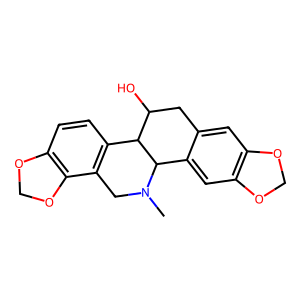
SMILES: CN1Cc2c(ccc3c2OCO3)C2C(O)Cc3cc4c(cc3C21)OCO4
Inhibits HIV replication: No